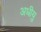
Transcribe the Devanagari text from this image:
अधीयु